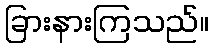
ခြားနားကြသည်။